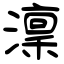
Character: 澟